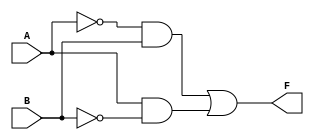
module two_variable_kmap (
    input wire A,  // Input variable A
    input wire B,  // Input variable B
    output wire F  // Output variable F
);

// Combinational logic to define F based on the K-map
assign F = (~A & B) | (A & ~B);

endmodule